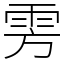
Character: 雱